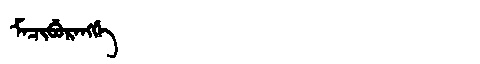
Manchu: ᠮᠠᠴᡳᠪᡠᡵᠠᠩᡤᡝ
Romanization: MACIBURANGGE